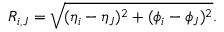
R _ { i , J } = \sqrt { ( \eta _ { i } - \eta _ { J } ) ^ { 2 } + ( \phi _ { i } - \phi _ { J } ) ^ { 2 } } .